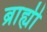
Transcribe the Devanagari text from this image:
ब्राह्यी